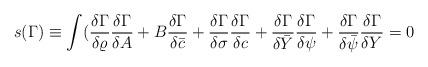
LaTeX: \begin{align*}s(\Gamma)\equiv\int(\frac{\delta\Gamma}{\delta\varrho}\frac{\delta\Gamma}{\delta A}+B \frac {\delta\Gamma}{\delta\bar{c} }+\frac{\delta\Gamma}{\delta\sigma}\frac{\delta\Gamma}{\delta c}+\frac{\delta\Gamma}{\delta\bar{Y}}\frac{\delta\Gamma}{\delta\psi}+\frac{\delta\Gamma}{\delta\bar{\psi}}\frac{\delta\Gamma}{\delta Y}=0\end{align*}